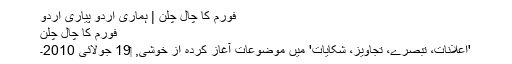
فورم کا چال چلن | ہماری اردو پیاری اردو
فورم کا چال چلن
'اِعلانات، تبصرے، تجاویز، شکایات' میں موضوعات آغاز کردہ از خوشی, ‏19 جولائی 2010۔